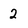
Character: 2